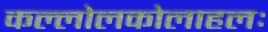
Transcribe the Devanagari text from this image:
कल्लोलकोलाहलः